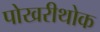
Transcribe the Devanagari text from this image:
पोखरीथोक